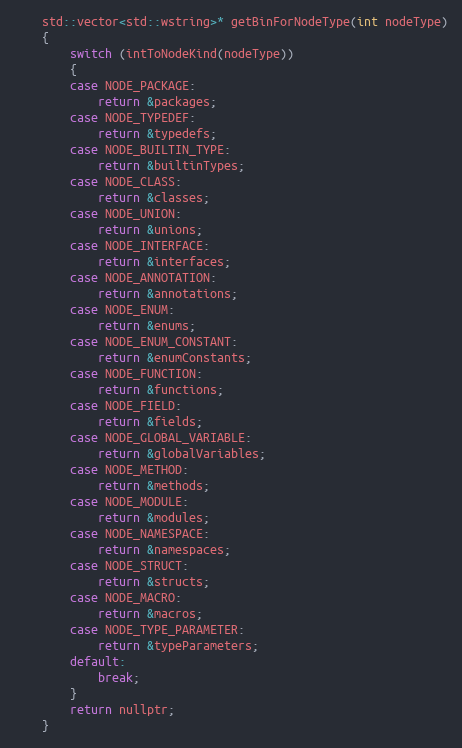
Language: C
	std::vector<std::wstring>* getBinForNodeType(int nodeType)
	{
		switch (intToNodeKind(nodeType))
		{
		case NODE_PACKAGE:
			return &packages;
		case NODE_TYPEDEF:
			return &typedefs;
		case NODE_BUILTIN_TYPE:
			return &builtinTypes;
		case NODE_CLASS:
			return &classes;
		case NODE_UNION:
			return &unions;
		case NODE_INTERFACE:
			return &interfaces;
		case NODE_ANNOTATION:
			return &annotations;
		case NODE_ENUM:
			return &enums;
		case NODE_ENUM_CONSTANT:
			return &enumConstants;
		case NODE_FUNCTION:
			return &functions;
		case NODE_FIELD:
			return &fields;
		case NODE_GLOBAL_VARIABLE:
			return &globalVariables;
		case NODE_METHOD:
			return &methods;
		case NODE_MODULE:
			return &modules;
		case NODE_NAMESPACE:
			return &namespaces;
		case NODE_STRUCT:
			return &structs;
		case NODE_MACRO:
			return &macros;
		case NODE_TYPE_PARAMETER:
			return &typeParameters;
		default:
			break;
		}
		return nullptr;
	}